Report of the Hyderabad Chloroform Commission
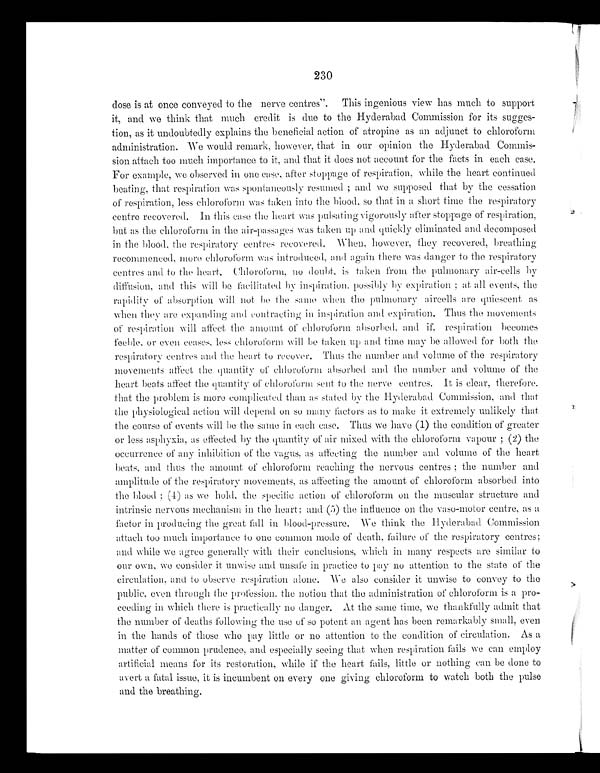
230
dose is at once conveyed to the nerve centres". This ingenious view has much to support
it, and we think that much credit is due to the Hyderabad Commission for its sugges-
tion, as it undoubtedly explains the beneficial action of atropine as an adjunct to chloroform
administration. We would remark, however, that in our opinion the Hyderabad Commis-
sion attach too much importance to it, and that it does not account for the facts in each case.
For example, we observed in one case, after stoppage of respiration, while the heart continued
beating, that respiration was spontaneously resumed; and we suppose that by the cessation
of respiration, less chloroform was taken into the blood, so that in a short time the respiratory
centre recovered. In this case the heart was pulsating vigorously after stoppage of respiration,
but as the chloroform in the air-passages was taken up and quickly eliminated and decomposed
in the blood, the respiratory centres recovered. When, however, they recovered, breathing
recommenced, more chloroform was introduced, and again there was danger to the respiratory
centres and to the h e a r t . C h l o r o f o r m , n o d o u b t , i s t a k e n f r o m t h e p u l m o n a r y a i r - c e l l s b y
diffusion, and this will be facilitated by inspiration. possibly by expiration; at all events, the
rapidity of absorption will not be the same when the pulmonary aircells are quiescent as
when they are expanding and contracting in inspiration and expiration. Thus the movements
of respiration will affect the amount of chloroform absorbed, and if, respiration becomes
feeble, or even ceases, less chloroform will be taken up and time may be allowed for both the
respiratory centres and the heart to recover. Thus the number and volume of the respiratory
movements affect the quantity of chloroform absorbed and the number and volume of the
heart beats affect the quantity of chloroform sent to the nerve centres. It is clear, therefore,
that the problem is more complicated than as stated by the Hyderabad Commission, and that
the physiological action will depend on so many factors as to make it extremely unlikely that
the course of events will be the same in each case. Thus we have (1) the condition of greater
or less asphyxia, as effected by the quantity of air mixed with the chloroform vapour; (2) the
occurrence of any inhibition of the vagus, as affecting the number and volume of the heart
beats, and thus the amount of chloroform reaching the nervous centres; the number and
amplitude of the respiratory movements, as affecting the amount of chloroform absorbed into
the blood; (4) as we hold, the specific action of chloroform on the muscular structure and
intrinsic nervous mechanism in the heart: and (5) the influence on the vaso-motor centre, as a
factor in producing the great fall in blood-pressure. We think the Hyderabad Commission
attach too much importance to one common mode of death, failure of the respiratory centres;
and while we agree generally with their conclusions, which in many respects are similar to
our own.
we consider it unwise and unsafe in practice to pay no attention to the state of the
circulation, and to observe respiration alone. We also consider it unwise to convey to the
public, even through the profession, the notion that the administration of chloroform is a pro-
-ceeding in which there is practically no danger. At the same time, we thankfully admit that
the number of deaths following the use of so potent an agent has been remarkably small, even
in the hands of those who pay little or no attention to the condition of circulation. As a
matter of common prudence, and especially seeing that when respiration fails we can employ
artificial means for its restoration, while if the heart fails, little or nothing can be done to
avert a fatal issue, it is incumbent on every one giving chloroform to watch both the pulse
and the breathing.